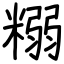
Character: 糑